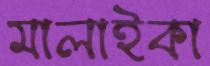
মালাইকা